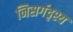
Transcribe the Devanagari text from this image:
निसर्गदृश्य